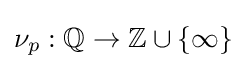
\nu _{p}:\mathbb {Q} \to \mathbb {Z} \cup \{\infty \}